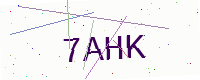
Text: 7AHK